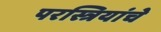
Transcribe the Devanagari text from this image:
परस्त्रियांचे